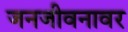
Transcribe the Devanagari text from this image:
जनजीवनावर